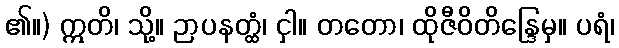
၏။) ဣတိ၊ သို့။ ဉာပနတ္ထံ၊ ငှါ။ တတော၊ ထိုဇီဝိတိန္ဒြေမှ။ ပရံ၊